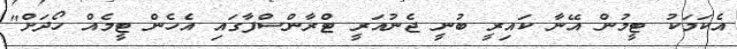
އެކަމަކު ޓީމުން އޭނާ ކައިރީ ބުނީ ޖެނުއަރީ ޓްރާންސްފާގައި އެހެން ޓީމެއް ހޯދަށް"